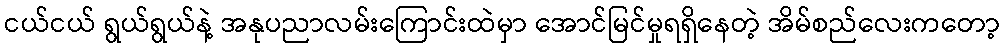
ငယ်ငယ် ရွယ်ရွယ်နဲ့ အနုပညာလမ်းကြောင်းထဲမှာ အောင်မြင်မှုရရှိနေတဲ့ အိမ်စည်လေးကတော့